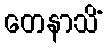
တေနာသိံ